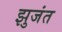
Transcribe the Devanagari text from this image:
झुजंत